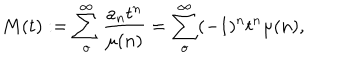
M ( t ) : = \sum _ { o } ^ { \infty } \frac { a _ { n } t ^ { n } } { \mu ( n ) } = \sum _ { o } ^ { \infty } ( - 1 ) ^ { n } t ^ { n } \mu ( n ) ,